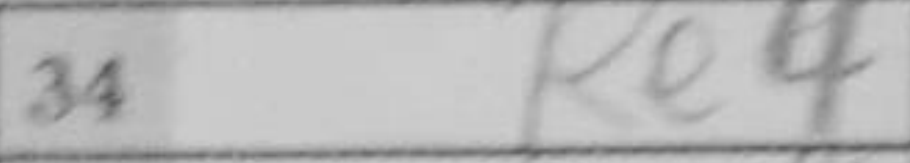
Transcription: Re4